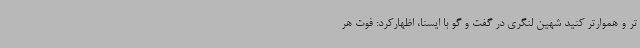
تر و هموارتر کنید شهین لنگری در گفت و گو با ایسنا، اظهارکرد: فوت هر